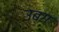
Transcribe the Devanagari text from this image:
उबग